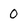
Character: 0